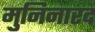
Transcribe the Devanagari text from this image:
मुनिनारद